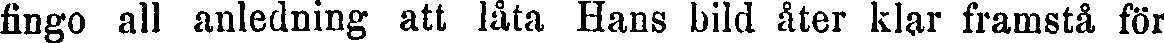
fingo all anledning att låta Hans bild åter klar framstå för